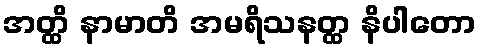
အတ္ထိ နာမာတိ အမရိသနတ္ထ နိပါတော